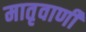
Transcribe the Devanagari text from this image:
मातृवाणी